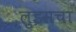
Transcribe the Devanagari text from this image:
लुइसचा